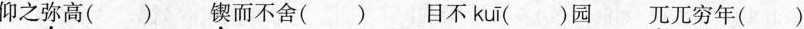
仰之弥高() 锲而不舍()目不 kuī ()园兀兀穷年()